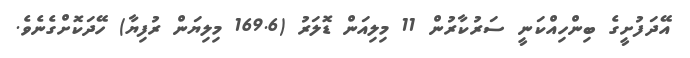
އޭދަފުށީގެ ބިންހިއްކަނީ ސަރުކާރުން 11 މިލިއަން ޑޮލަރު (169.6 މިލިޔަން ރުފިޔާ) ހޭދަކޮށްގެނެވެ.